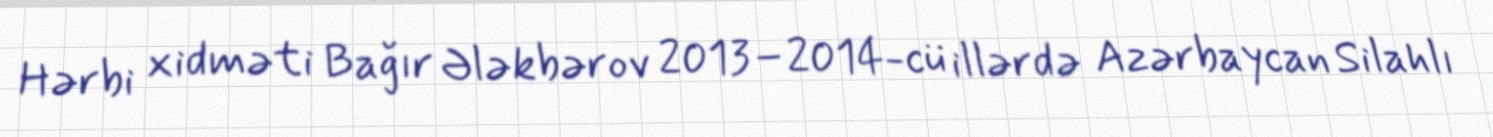
Hərbi xidməti Bağır Ələkbərov 2013–2014-cü illərdə Azərbaycan Silahlı